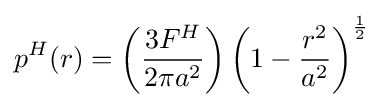
p^{H}(r)=\left({\frac {3F^{H}}{2\pi a^{2}}}\right)\left(1-{\frac {r^{2}}{a^{2}}}\right)^{\frac {1}{2}}